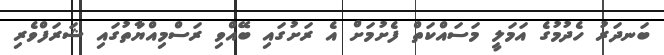
ބަނދަރު ހެދުމުގެ އަމަލީ މަސައްކަތް ފެށުމަށް އެ ރަށުގައި ބޭއްވި ރަސްމިއްޔާތުގައި ޝަރަފްވެރި